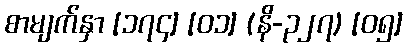
စာမျက်နှာ [၁၇၄] [၀၁] (နိ-၃၂၇) [၀၅]